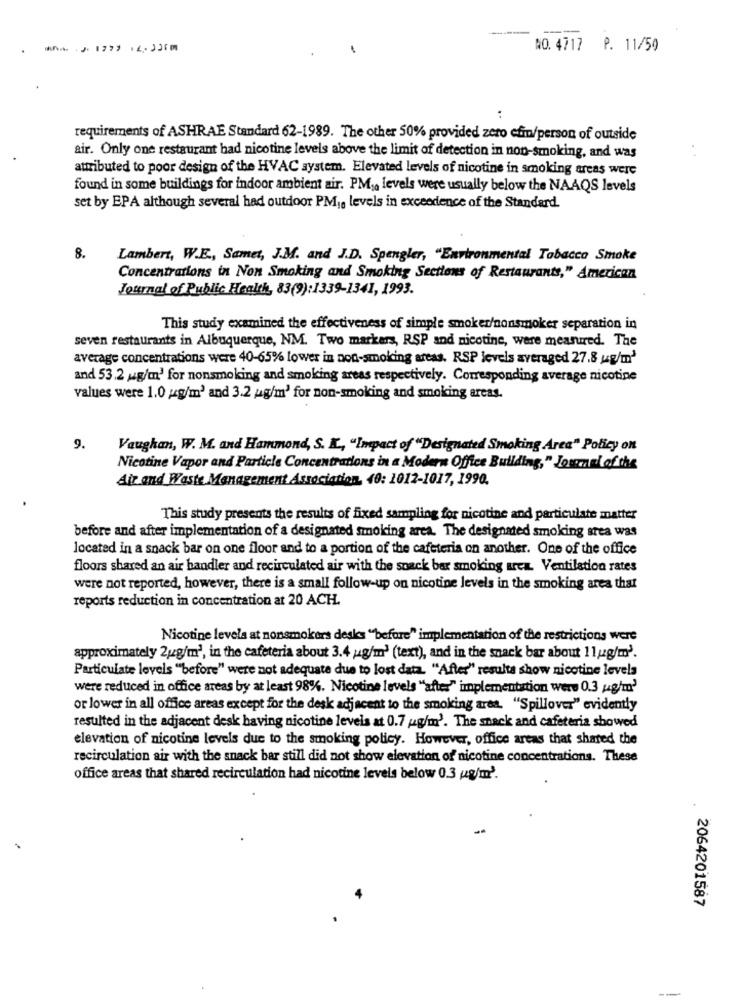
---
NO. 4717 P. 11/50
requirements of ASHRAE Standard 62-1989. The other 50% provided zero efim/person of outside
air. Only one restaurant had nicotine levels above the limit of detection in non-smoking, and was
attributed to poor design of the HVAC system. Elevated levels of nicotine in smoking areas were
found in some buildings for indoor ambient air. PM ,, levels were usually below the NAAQS levels
set by EPA although several had outdoor PM1. levels in exceedence of the Standard.
8.
Lambert, W.E ., Samet, J.M. and J.D. Spengler, "Environmental Tabacco Smoke
Concentrations in Non Smoking and Smoking Sections of Restaurants," American
Journal of Public Health, 83(9):1339-1341, 1993.
This study examined the effectiveness of simple smoker/nonsmoker separation in
seven restaurants in Albuquerque, NM. Two markers, RSP and nicotine, were measured. The
average concentrations were 40-65% lower in non-smoking areas. RSP levels averaged 27.8 ug/m3
and 53.2 mg/m' for nonsmoking and smoking areas respectively. Corresponding average nicotine
values were 1.0 gg/m3 and 3.2 ug/m' for non-smoking and smoking areas.
9.
Vaughan, W. M. and Hammond, S. K ., "Impact of "Designated Smoking Area" Policy on
Nicotine Vapor and Particle Concentrations in a Modern Office Building," Journal of the
Air and Waste Management Association, 40: 1012-1017, 1990.
This study presents the results of fixed sampling for nicotine and particulate matter
before and after implementation of a designated smoking area. The designated smoking area was
located in a snack bar on one floor and to a portion of the cafeteria on another. One of the office
floors shared an air handler and recirculated air with the snack bar smoking area. Ventilation rates
were not reported, however, there is a small follow-up on nicotine levels in the smoking area that
reports reduction in concentration at 20 ACH.
Nicotine levels at nonsmokers desks "before" implementation of the restrictions were
approximately 2/2g/m2, in the cafeteria about 3.4 ug/m' (text), and in the snack bar about 11/2g/m'.
Particulate levels ""before" were not adequate due to lost data. "After" resulta show nicotine levels
were reduced in office areas by at least 98%. Nicotine levels "after" implementation were 0.3 ug/m'
or lower in all office areas except for the desk adjacent to the smoking area. "Spillover" evidently
resulted in the adjacent desk having nicotine levels at 0.7 g/m'. The shack and cafeteria showed
elevation of nicotine levels due to the smoking policy. However, office areas that shared the
recirculation air with the snack bar still did not show elevation of nicotine concentrations. These
office areas that shared recirculation had nicotine levels below 0.3 ug/m'.
.
2064201587